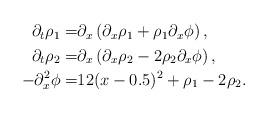
LaTeX: \begin{align*}\begin{aligned} \partial_t \rho_1 =& \partial_x \left( \partial_x \rho_1+ \rho_1 \partial_x \phi \right) , \\ \partial_t \rho_2 =& \partial_x \left( \partial_x \rho_2-2 \rho_2 \partial_x \phi \right) , \\ -\partial_x^2 \phi =&12(x-0.5)^2 +\rho_1-2\rho_2 .\end{aligned}\end{align*}